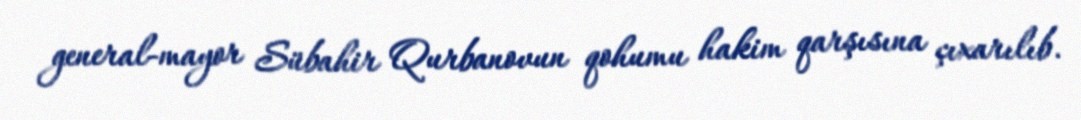
general-mayor Sübahir Qurbanovun qohumu hakim qarşısına çıxarılıb.